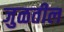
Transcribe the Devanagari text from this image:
जुळतील